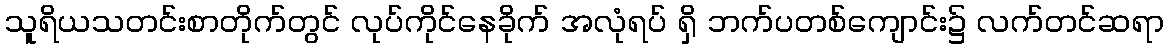
သူရိယသတင်းစာတိုက်တွင် လုပ်ကိုင်နေခိုက် အလုံရပ် ရှိ ဘက်ပတစ်ကျောင်း၌ လက်တင်ဆရာ